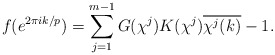
\begin{align*}f(e^{2\pi ik/p})=\sum_{j=1}^{m-1}G(\chi^j)K(\chi^j)\overline{\chi^j(k)}-1. \end{align*}